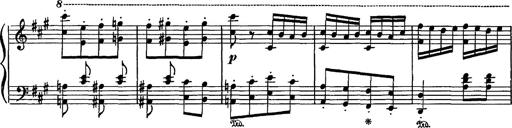
Title: Hungarian Rhapsody No.16
Composer: Franz Liszt
Key: A minor